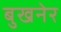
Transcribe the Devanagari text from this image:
बुखनेर